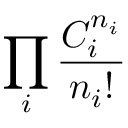
\prod _ { i } { \frac { C _ { i } ^ { n _ { i } } } { n _ { i } ! } }